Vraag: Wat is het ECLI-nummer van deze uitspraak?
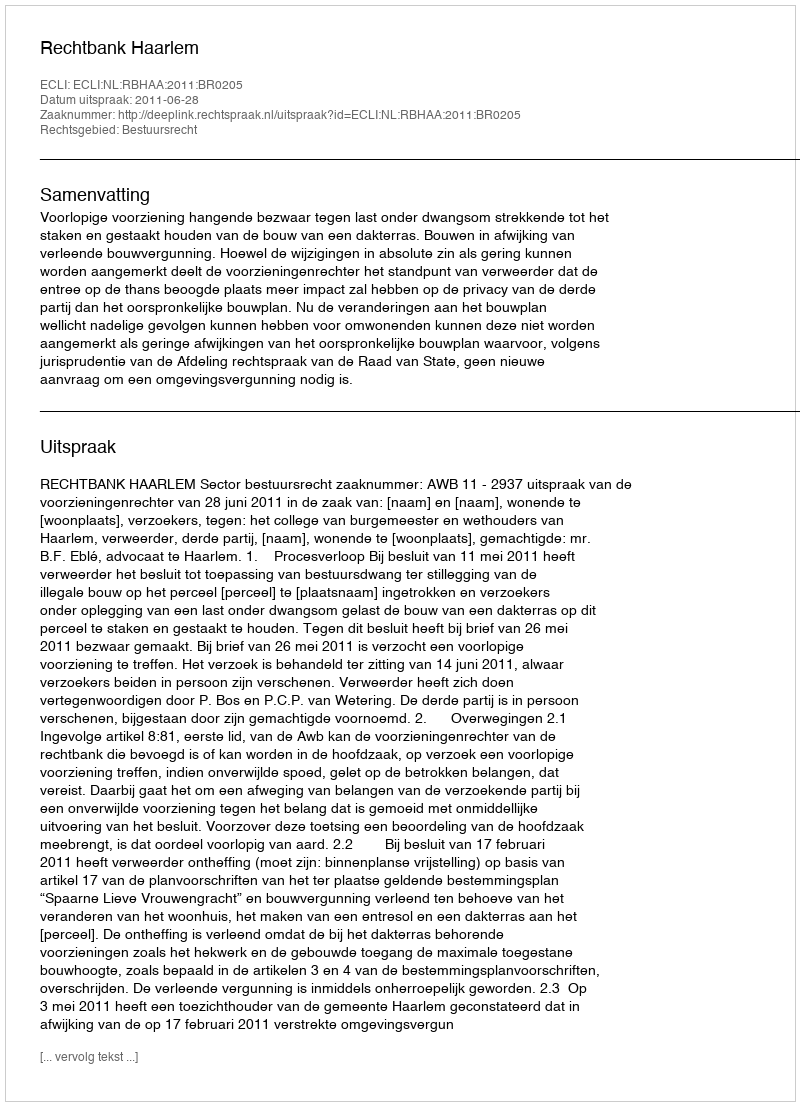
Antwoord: ECLI:NL:RBHAA:2011:BR0205